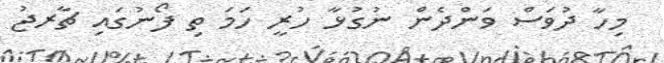
މިހާ ދުވަސް ވަންދެން ނުގުޅާ ހުރީ ހަމަ ތި ފޯނުގައި ޗާރޖު